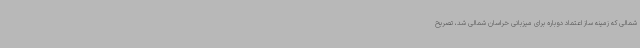
شمالی که زمینه ساز اعتماد دوباره برای میزبانی خراسان شمالی شد، تصریح